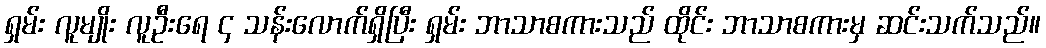
ရှမ်း လူမျိုး လူဦးရေ ၄ သန်းလောက်ရှိပြီး ရှမ်း ဘာသာစကားသည် ထိုင်း ဘာသာစကားမှ ဆင်းသက်သည်။